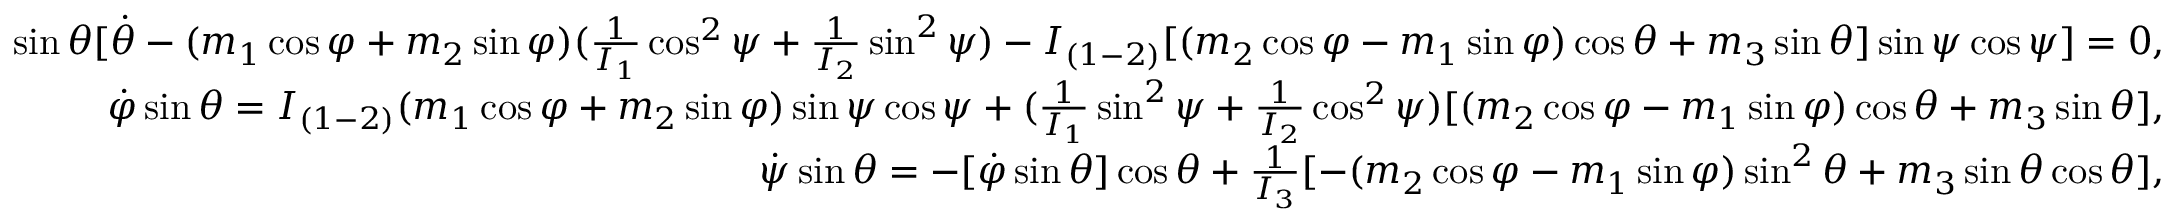
\begin{array} { r } { \sin \theta [ \dot { \theta } - ( m _ { 1 } \cos \varphi + m _ { 2 } \sin \varphi ) ( \frac { 1 } { I _ { 1 } } \cos ^ { 2 } \psi + \frac { 1 } { I _ { 2 } } \sin ^ { 2 } \psi ) - I _ { ( 1 - 2 ) } [ ( m _ { 2 } \cos \varphi - m _ { 1 } \sin \varphi ) \cos \theta + m _ { 3 } \sin \theta ] \sin \psi \cos \psi ] = 0 , \quad } \\ { \dot { \varphi } \sin \theta = I _ { ( 1 - 2 ) } ( m _ { 1 } \cos \varphi + m _ { 2 } \sin \varphi ) \sin \psi \cos \psi + ( \frac { 1 } { I _ { 1 } } \sin ^ { 2 } \psi + \frac { 1 } { I _ { 2 } } \cos ^ { 2 } \psi ) [ ( m _ { 2 } \cos \varphi - m _ { 1 } \sin \varphi ) \cos \theta + m _ { 3 } \sin \theta ] , \quad } \\ { \dot { \psi } \sin \theta = - [ \dot { \varphi } \sin \theta ] \cos \theta + \frac { 1 } { I _ { 3 } } [ - ( m _ { 2 } \cos \varphi - m _ { 1 } \sin \varphi ) \sin ^ { 2 } \theta + m _ { 3 } \sin \theta \cos \theta ] , \quad } \end{array}